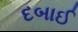
દબાઈ